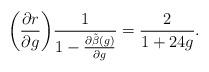
LaTeX: \begin{align*}\biggl ( \frac{\partial r}{\partial g} {\biggr )}\frac{1}{1-\frac{\partial\tilde{\beta}(g)}{\partial g}}= \frac{2}{1+24g}.\end{align*}